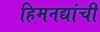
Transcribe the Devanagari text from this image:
हिमनद्यांची